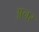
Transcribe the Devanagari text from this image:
अनर